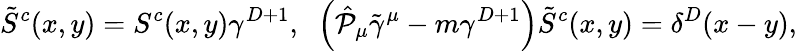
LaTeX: \tilde{S}^{c}(x,y)=S^{c}(x,y)\gamma^{D+1},\; \; \left(\hat{{\cal P}}_{\mu}\tilde{\gamma}^{\mu}-m\gamma^{D+1}\right)\tilde{S}^{c}(x,y)=\delta^{D}(x-y),